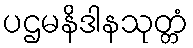
ပဌမနိဒါနသုတ္တံ